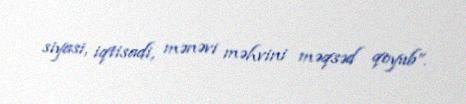
siyasi, iqtisadi, mənəvi məhvini məqsəd qoyub”.